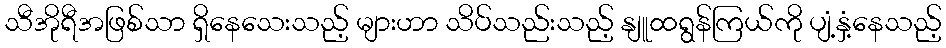
သီအိုရီအဖြစ်သာ ရှိနေသေးသည့် များဟာ သိပ်သည်းသည့် နျူထရွန်ကြယ်ကို ပျံ့နှံ့နေသည့်